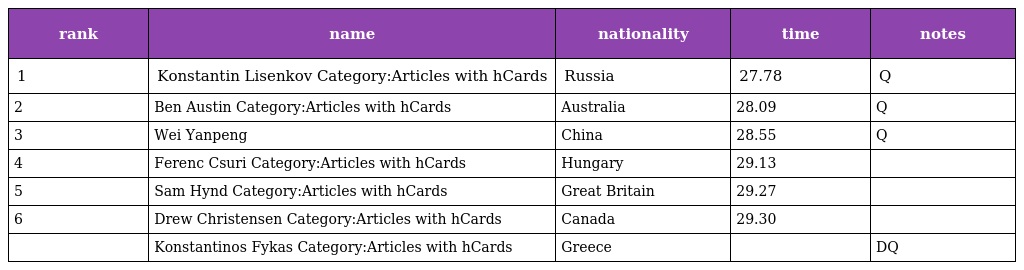
| rank | name | nationality | time | notes |
 | --- | --- | --- | --- | --- |
 | 1 | Konstantin Lisenkov Category:Articles with hCards | Russia | 27.78 | Q |
 | 2 | Ben Austin Category:Articles with hCards | Australia | 28.09 | Q |
 | 3 | Wei Yanpeng | China | 28.55 | Q |
 | 4 | Ferenc Csuri Category:Articles with hCards | Hungary | 29.13 |  |
 | 5 | Sam Hynd Category:Articles with hCards | Great Britain | 29.27 |  |
 | 6 | Drew Christensen Category:Articles with hCards | Canada | 29.30 |  |
 |  | Konstantinos Fykas Category:Articles with hCards | Greece |  | DQ |